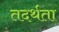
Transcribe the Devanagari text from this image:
तदर्थता